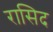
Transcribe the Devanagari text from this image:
रासिद